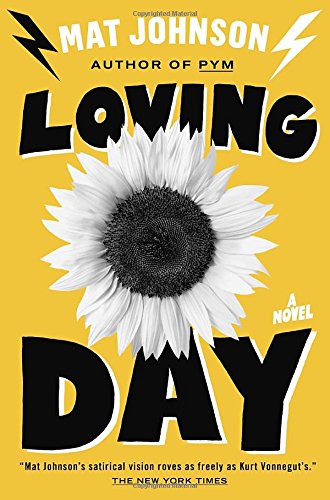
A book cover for Loving Day: A Novel; Mat Johnson; Literature & Fiction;